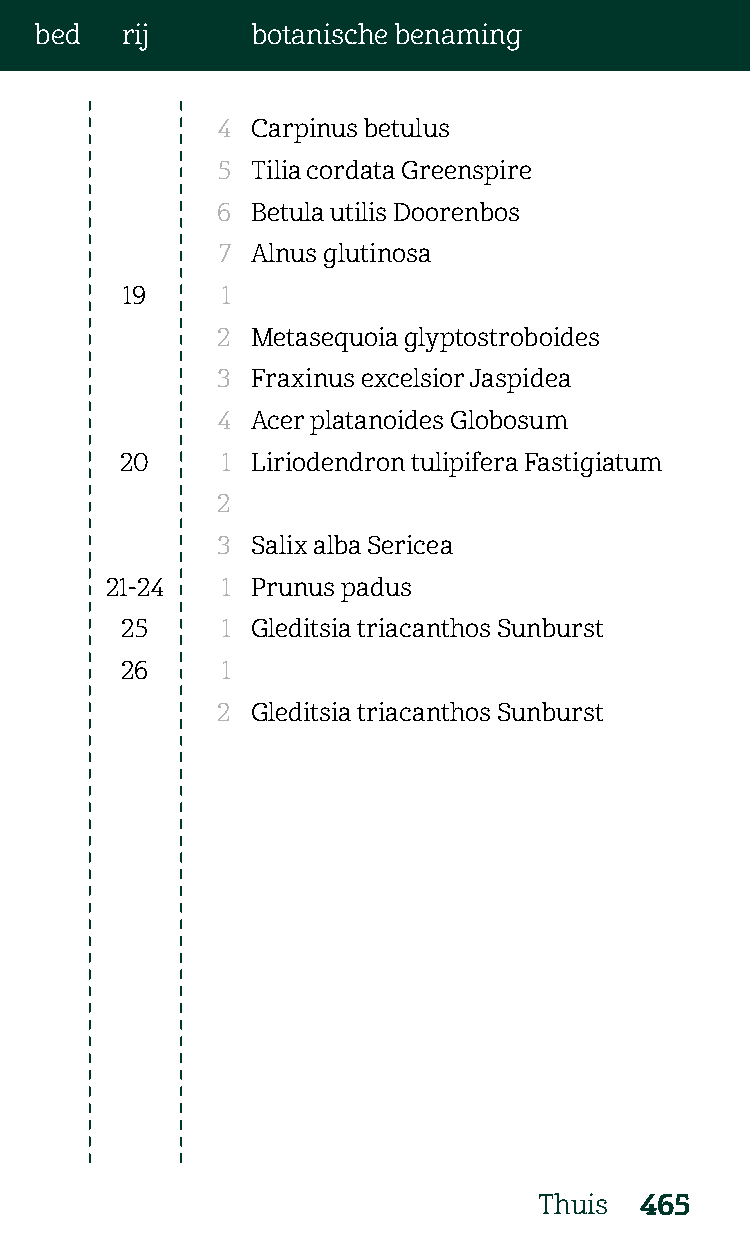
bed   rij      botanische benaming
 4  Carpinus betulus
 5  Tilia cordata Greenspire
 6  Betula utilis Doorenbos
 7  Alnus glutinosa
 19     1
 2  Metasequoia glyptostroboides
 3  Fraxinus excelsior Jaspidea
 4  Acer platanoides Globosum
 20     1 Liriodendron tulipifera Fastigiatum
 2
 3  Salix alba Sericea
 21-24   1 Prunus padus
 25     1 Gleditsia triacanthos Sunburst
 26     1
 2  Gleditsia triacanthos Sunburst
 Thuis 465